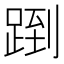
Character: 𬦶